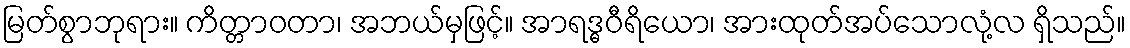
မြတ်စွာဘုရား။ ကိတ္တာဝတာ၊ အဘယ်မှဖြင့်။ အာရဒ္ဓဝီရိယော၊ အားထုတ်အပ်သောလုံ့လ ရှိသည်။